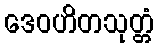
ဒေဝဟိတသုတ္တံ